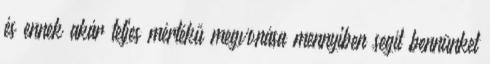
és ennek akár teljes mértékű megvonása mennyiben segít bennünket